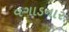
વગાડનાર